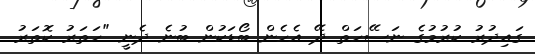
ގައިދުރު ކުރުމުގެ ނަސޭހަތް ދޭ އެހެން ބޯޑަކުން ބުނެ ދެނީ "ހަތަރު ކޮތަރު